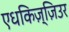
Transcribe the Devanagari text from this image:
एधकिज़्ज़िउर